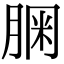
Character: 𦝓